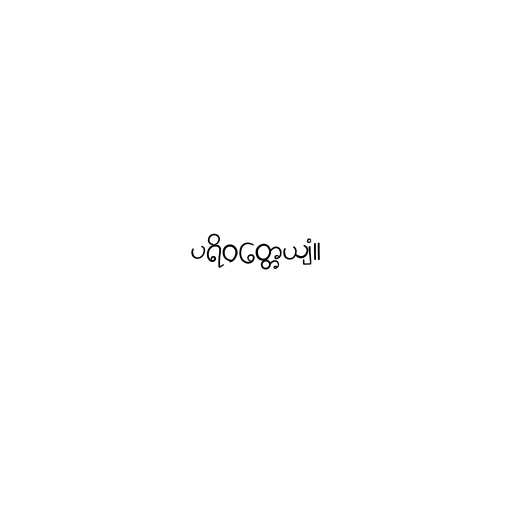
ပရိဝတ္တေယျံ။